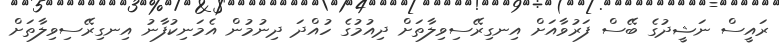
ރައީސް ނަޝީދުގެ ބޭސް ފަރުވާއަށް އިނގިރޭސިވިލާތަށް ދިއުމުގެ ހުއްދަ ދިނުމުން އެމަނިކުފާނު އިނގިރޭސިވިލާތަށް